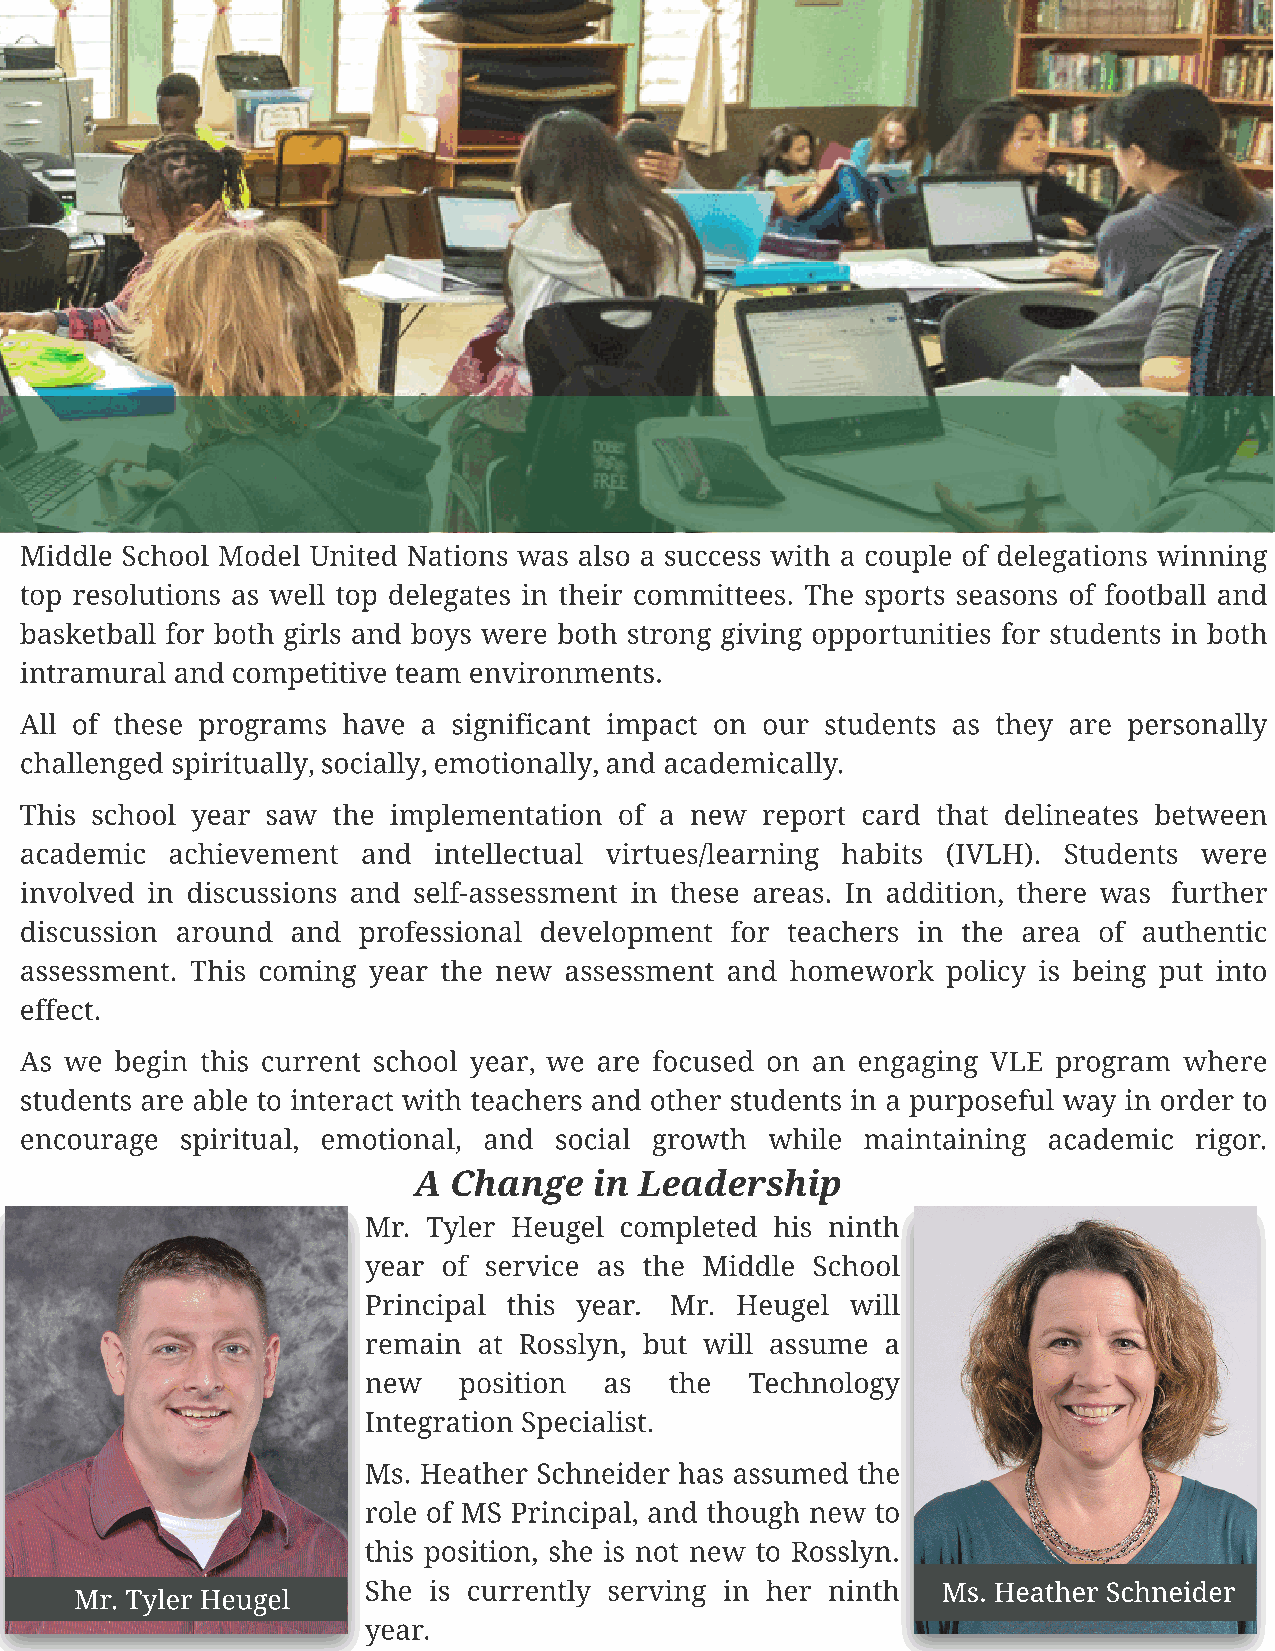
Middle School Model United Nations was also a success with a couple of delegations winning
 top resolutions as well top delegates in their committees. The sports seasons of football and
 basketball for both girls and boys were both strong giving opportunities for students in both
 intramural and competitive team environments.
 All of these programs have a significant impact on our students as they are personally
 challenged spiritually, socially, emotionally, and academically.
 This school year saw the implementation of a new report card that delineates between
 academic  achievement  and  intellectual virtues/learning habits (IVLH). Students were
 involved in discussions and self-assessment in these areas. In addition, there was further
 discussion around and  professional development for teachers in the area of authentic
 assessment. This coming year the new assessment and homework  policy is being put into
 effect.
 As we  begin this current school year, we are focused on an engaging VLE program where
 students are able to interact with teachers and other students in a purposeful way in order to
 encourage  spiritual, emotional, and social growth while maintaining academic rigor.
 A  Change   in Leadership
 Mr. Tyler Heugel completed his ninth
 year of service as the Middle School
 Principal this year. Mr. Heugel will
 remain  at Rosslyn, but will assume a
 new   position  as  the   Technology
 Integration Specialist.
 Ms. Heather Schneider has assumed the
 role of MS Principal, and though new to
 this position, she is not new to Rosslyn.
 She is currently serving in her ninth Ms. Heather Schneider
 Mr. Tyler Heugel
 year.